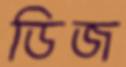
ডিজ